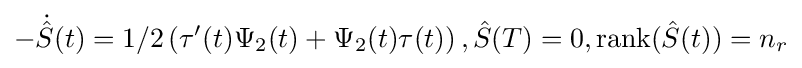
-{\dot {\hat {S}}}(t)=1/2\left(\tau '(t)\Psi _{2}(t)+\Psi _{2}(t)\tau (t)\right),{\hat {S}}(T)=0,\operatorname {rank} ({\hat {S}}(t))=n_{r}